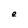
Character: e